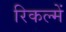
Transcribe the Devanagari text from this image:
रिकल्‍में